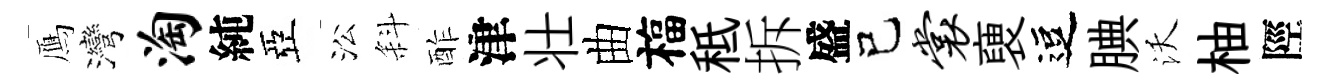
鴈灣淘純亞㳂斜酢津壮曲福秪拆盛己裳褏逗腆沃柚陘